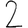
Digit: 2